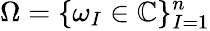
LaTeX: \Omega=\{ \omega_{I}\in\mathbb{C}\} _{I=1}^{n}